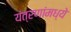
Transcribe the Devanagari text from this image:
यंत्रणांमध्ये